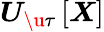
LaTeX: \boldsymbol{U}_{\u{\tau}}\left[\boldsymbol{X}\right]